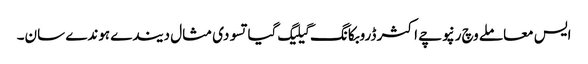
ایس معاملے وچ رنپوچے اکثر ڈروبکانگ گیلیگ گیاتسو دی مثال دیندے ہوندے سان۔